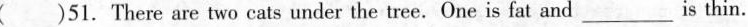
( )51. There are two cats under the tree.One is fat and_ is thin.